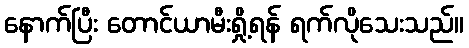
နောက်ပြီး တောင်ယာမီးရှို့ရန် ရက်လိုသေးသည်။